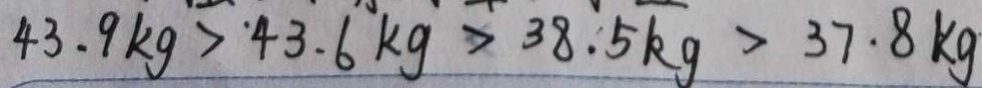
4 3 . 9 k g > 4 3 . 6 k g > 3 8 . 5 k g > 3 7 . 8 k g